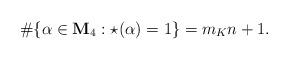
LaTeX: \begin{align*} \#\{\alpha\in \mathbf{M}_4: \star(\alpha)=1\}= m_Kn+1. \end{align*}